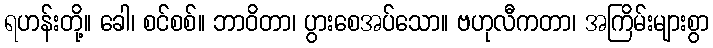
ရဟန်းတို့။ ခေါ၊ စင်စစ်။ ဘာဝိတာ၊ ပွားစေအပ်သော။ ဗဟုလီကတာ၊ အကြိမ်းများစွာ